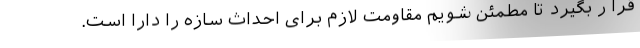
قرا ر بگیرد تا مطمئن شویم مقاومت لازم برای احداث سازه را دارا است.